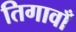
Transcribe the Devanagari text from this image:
तिगावाँ